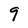
Character: 9